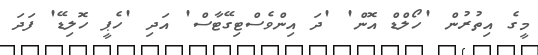
މީގެ އިތުރުން 'ހޯލްޑް އޮން' 'ދަ އިންވެސްޓިގޭޓާސް' އަދި 'ހެޕީ ހޮލިޑޭ' ފަދަ